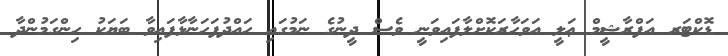
ޑޮކްޓަރ އަފްރާޝީމް ޢަލީ އަވަހާރަކޮށްލާފައިވަނީ ވެސް ދީނުގެ ނަމުގައި ހައްދުފަހަނާޅާފައިވާ ބަޔަކު ހިންގަމުންދާ